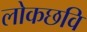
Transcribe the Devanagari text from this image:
लोकछवि